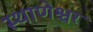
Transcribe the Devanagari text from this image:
स्थाणेश्वर